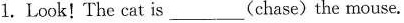
1.Look! The cat is___(chase)the mouse.